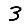
Digit: 3